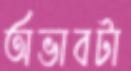
অভাবটা